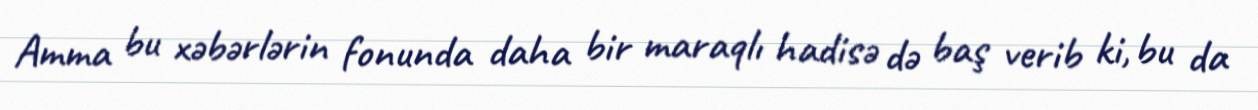
Amma bu xəbərlərin fonunda daha bir maraqlı hadisə də baş verib ki, bu da